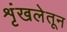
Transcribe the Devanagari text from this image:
शृंखलेतून